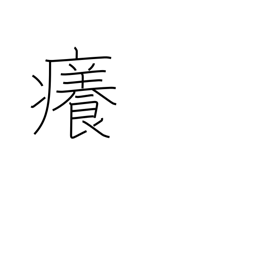
Meaning: itchy